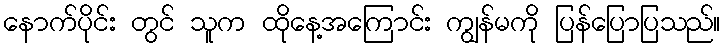
နောက်ပိုင်း တွင် သူက ထိုနေ့အကြောင်း ကျွန်မကို ပြန်ပြောပြသည်။